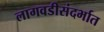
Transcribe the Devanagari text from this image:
लागवडीसंदर्भात